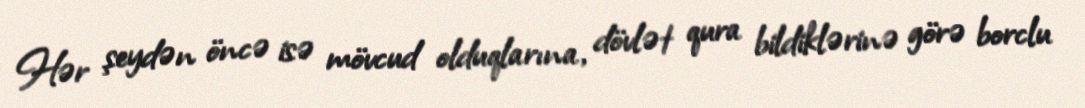
Hər şeydən öncə isə mövcud olduqlarına, dövlət qura bildiklərinə görə borclu